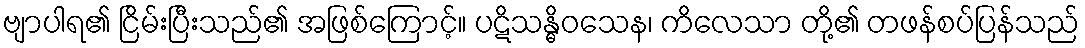
ဗျာပါရ၏ ငြိမ်းပြီးသည်၏ အဖြစ်ကြောင့်။ ပဋိသန္ဓိဝသေန၊ ကိလေသာ တို့၏ တဖန်စပ်ပြန်သည်